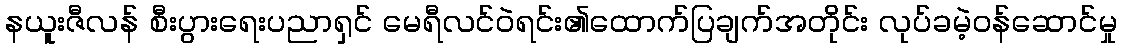
နယူးဇီလန် စီးပွားရေးပညာရှင် မေရီလင်ဝဲရင်း၏ထောက်ပြချက်အတိုင်း လုပ်ခမဲ့ဝန်ဆောင်မှု